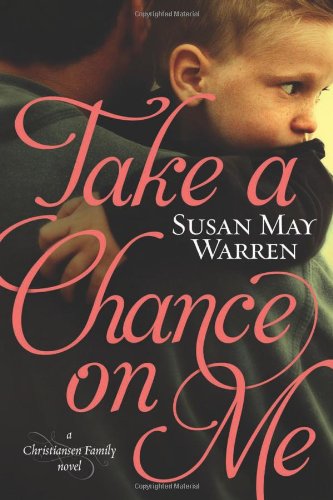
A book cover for Take a Chance on Me (Christiansen Family Series); Susan May Warren; Romance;